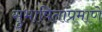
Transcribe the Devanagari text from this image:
सुभाषिताप्रमाणे